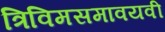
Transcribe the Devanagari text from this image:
त्रिविमसमावयवी